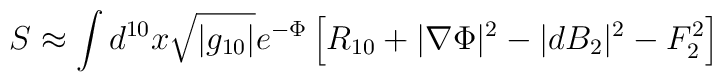
S \approx \int d^{10}x \sqrt{|g_{10}|} e^{-\Phi} \left[ R_{10} +|\nabla \Phi |^2 - |dB_2|^2 -F_2^2 \right]